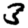
Digit: 3